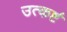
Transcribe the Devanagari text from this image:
उत्कर्ष्ट